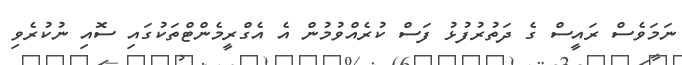
ނަމަވެސް ރައީސް ގެ ދަތުރުފުޅު ފަސް ކުރެއްވުމުން އެ އެގްރީމެންޓްތަކުގައި ސޮއި ނުކުރެވި